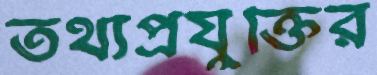
তথ্যপ্রযুক্তির